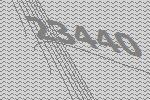
23440